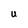
Character: U